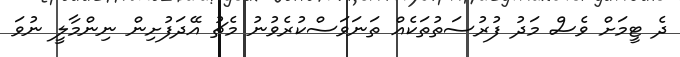
ދެ ޓީމަށް ވެސް މަދު ފުރުސަތުތަކެއް ތަނަވަސްކުރެވުނު މެޗު އޭދަފުށިން ނިންމާލީ ނުވަ